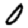
Digit: 0